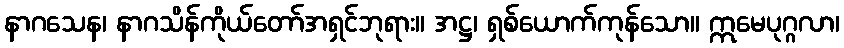
နာဂသေန၊ နာဂသိန်ကိုယ်တော်အရှင်ဘုရား။ အဋ္ဌ၊ ရှစ်ယောက်ကုန်သော။ ဣမေပုဂ္ဂလာ၊